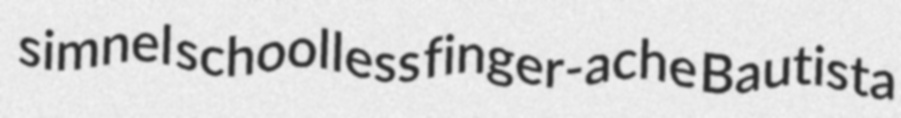
simnel schoolless finger-ache Bautista